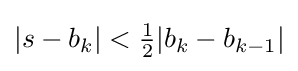
{\textstyle |s-b_{k}|<{\begin{matrix}{\frac {1}{2}}\end{matrix}}|b_{k}-b_{k-1}|}